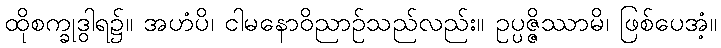
ထိုစက္ခုဒွါရ၌။ အဟံပိ၊ ငါမနောဝိညာဉ်သည်လည်း။ ဥပ္ပဇ္ဇိဿာမိ၊ ဖြစ်ပေအံ့။